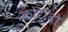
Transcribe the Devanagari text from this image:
कोरादो